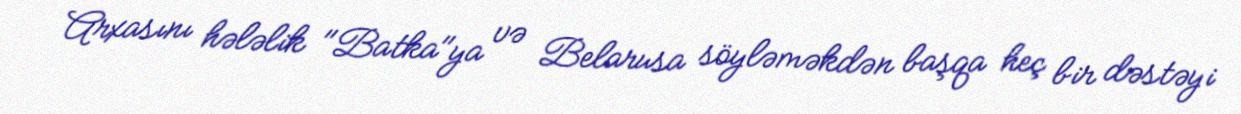
Arxasını hələlik "Batka"ya və Belarusa söyləməkdən başqa heç bir dəstəyi